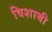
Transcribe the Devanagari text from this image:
विशाबी